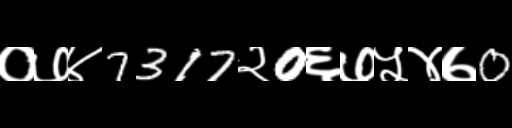
Text: ०७४7317२0६७५४७0